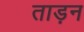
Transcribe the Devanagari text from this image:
ताड़न